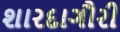
શારદાગૌરી